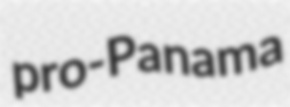
pro-Panama